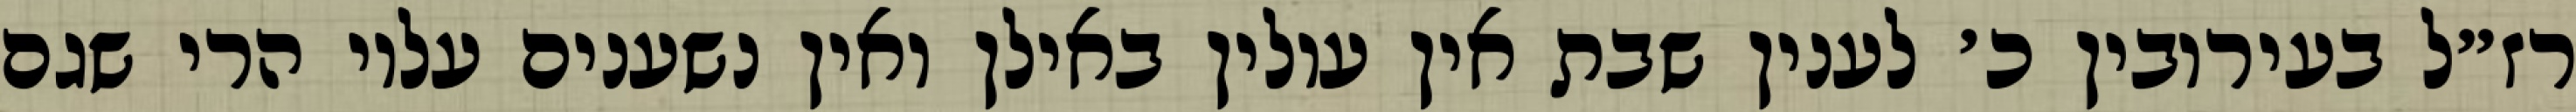
רז״ל בעירובין כ׳ לענין שבת אין עולין באילן ואין נשענים עליו הרי שגם